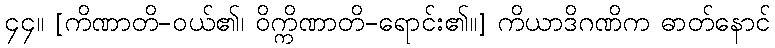
၄၄။ [ကိဏာတိ-ဝယ်၏၊ ဝိက္ကိဏာတိ-ရောင်း၏။] ကိယာဒိဂဏိက ဓာတ်နောင်